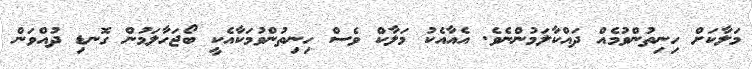
މަލާކަށް ހިނިތުންވުމެއް ދައްކާލަމުންނެވެ. އެއާއެކު މަލާކް ވެސް ހިނިތުންވުމަކާއެކީ ބޯޖަހާލަމުން ގޮނޑި ދުއްވަން